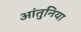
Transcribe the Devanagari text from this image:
आंतुनिया